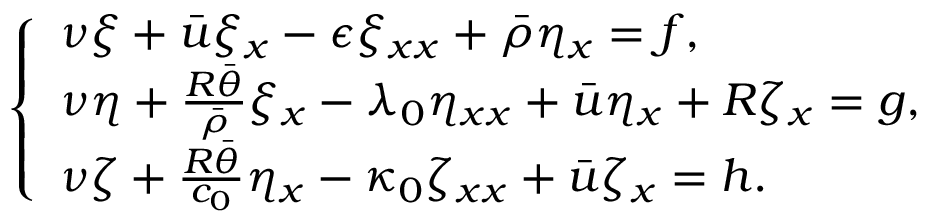
\left\{ \begin{array} { l l } { \nu \xi + \bar { u } \xi _ { x } - \epsilon \xi _ { x x } + \bar { \rho } \eta _ { x } = f , } \\ { \nu \eta + \frac { R \bar { \theta } } { \bar { \rho } } \xi _ { x } - \lambda _ { 0 } \eta _ { x x } + \bar { u } \eta _ { x } + R \zeta _ { x } = g , } \\ { \nu \zeta + \frac { R \bar { \theta } } { c _ { 0 } } \eta _ { x } - \kappa _ { 0 } \zeta _ { x x } + \bar { u } \zeta _ { x } = h . } \end{array} \right.